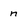
Character: n